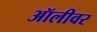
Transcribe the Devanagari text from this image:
ऑलीवर